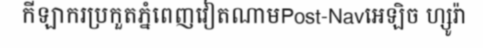
កីឡាករប្រកួតភ្នំពេញវៀតណាមPost-Navអេឡិច ហ្សូរ៉ា